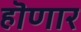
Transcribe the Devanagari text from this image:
हॊणार